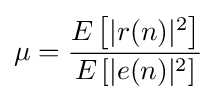
\mu ={\frac {E\left[|r(n)|^{2}\right]}{E\left[|e(n)|^{2}\right]}}